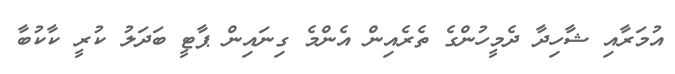
އުމަރާއި ޝާހިދާ ދެމީހުންގެ ތެރެއިން އެންމެ ގިނައިން ޕާޓީ ބަދަލު ކުރީ ކާކުބާ